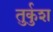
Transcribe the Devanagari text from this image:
तुर्कुश